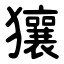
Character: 獽